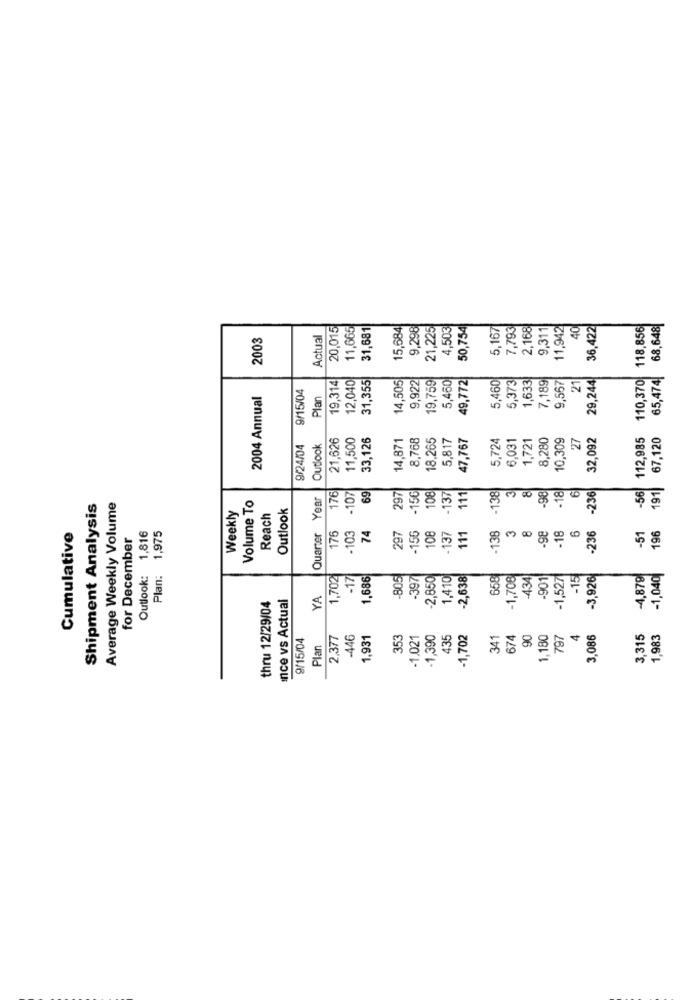
20,015
11,665
31,681
15,684
9,296
21,225
4,503
50,754
5,167
7,793
2,168
9,311
11,942
40
36,422
118,856
68,648|
2003
Actual
65,474
19,314
12,040
14,505
9,922
49,772
29,244
110,370
9/15/04
31,355
19,759
5,460
5,460
5,373
1,633
7,189
9,567
21
2004 Annual
Plan
21,626
11,500
33,126
14,871
8,768
18,265
5.817
47,767
5,724
1,721
8,280
10,309
27
32,092
112,985
67,120
9/24/04
Outlook
6,031
69
-138
61
-236
-56
191
Quarter Year
176
-107
297
-156
108
-137
111
-98
-18
Shipment Analysis
Average Weekly Volume
Weekly
Volume To
Outlook
Reach
111
-236
-51
196
Cumulative
for December
Outlook: 1,816
Plan: 1,975
176
-103
74
297
-156
108
137
-138
98
-18
-1,040
1,702
-17
1,686
805
397
-2,850
1,410
-2,638
658
-1,708
434
901
-1,527
-15
-3,926
-4,879
nce vs Actual
YA
thru 12/29/04
9/15/04
2,377
-446
1,931
353
-1,021
1,390
435
-1,702
341
674
90
1,180
797
4
3,086
3,315
1,983
Plan